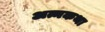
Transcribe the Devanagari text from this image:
अत्मकथा